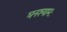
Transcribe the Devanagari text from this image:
घनश्यामः